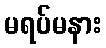
မရပ်မနား